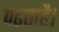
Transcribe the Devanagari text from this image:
पढ़ताहै।